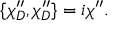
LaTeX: \{ \chi _ { D } ^ { \prime \prime } , \chi _ { D } ^ { \prime \prime } \} = i \chi ^ { \prime \prime } .